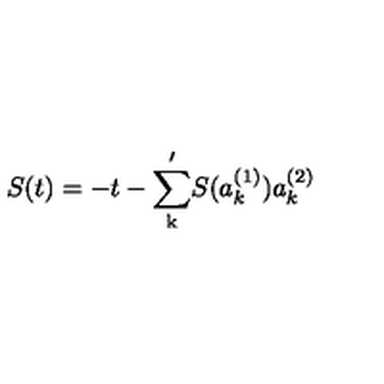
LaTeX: S ( t ) = - t - \mathrm { \sum _ k ^ \prime } S ( a _ { k } ^ { ( 1 ) } ) a _ { k } ^ { ( 2 ) }